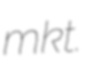
mkt.